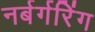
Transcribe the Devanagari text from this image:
नर्बर्गरिंग